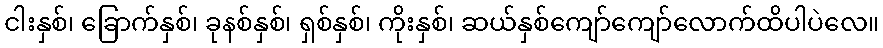
ငါးနှစ်၊ ခြောက်နှစ်၊ ခုနစ်နှစ်၊ ရှစ်နှစ်၊ ကိုးနှစ်၊ ဆယ်နှစ်ကျော်ကျော်လောက်ထိပါပဲလေ။